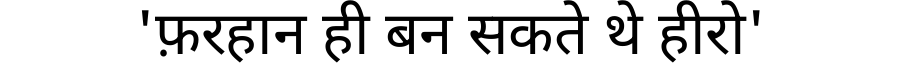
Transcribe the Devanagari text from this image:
'फ़रहान ही बन सकते थे हीरो'